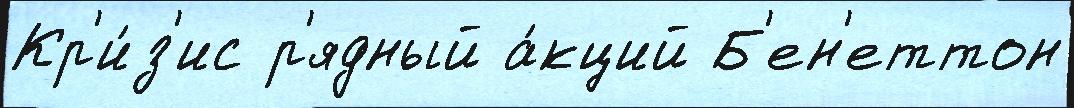
Кр'и́з'ис р'ядный а́кций Б'ен'еттон